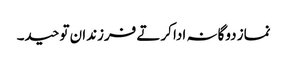
نماز دوگانہ ادا کرتے فرزندان توحید۔